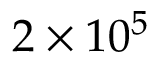
2 \times 1 0 ^ { 5 }